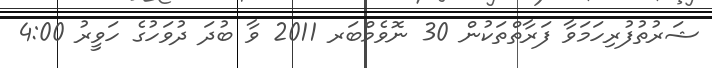
ޝަރުތުފުރިހަމަވާ ފަރާތްތަކުން 30 ނޮވެމްބަރ 2011 ވާ ބުދަ ދުވަހުގެ ހަވީރު 4:00